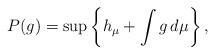
LaTeX: \begin{align*}P(g)=\sup \left\{h_\mu+\int g\,d\mu\right\},\end{align*}